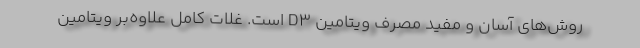
روش‌های آسان و مفید مصرف ویتامین D۳ است. غلات کامل علاوه‌بر ویتامین